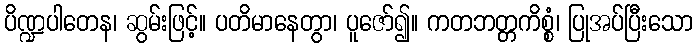
ပိဏ္ဍပါတေန၊ ဆွမ်းဖြင့်။ ပတိမာနေတွာ၊ ပူဇော်၍။ ကတဘတ္တကိစ္စံ၊ ပြုအပ်ပြီးသော